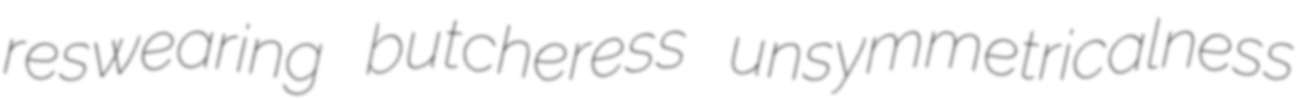
reswearing butcheress unsymmetricalness